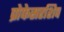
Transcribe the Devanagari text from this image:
प्रोफेसरशिप